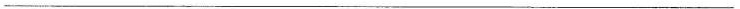
___